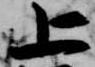
上